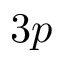
3 p